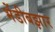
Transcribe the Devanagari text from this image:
भेंडीबझार